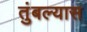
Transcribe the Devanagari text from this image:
तुंबल्यास